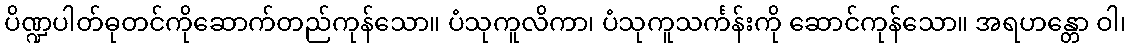
ပိဏ္ဍပါတ်ဓုတင်ကိုဆောက်တည်ကုန်သော။ ပံသုကူလိကာ၊ ပံသုကူသင်္ကန်းကို ဆောင်ကုန်သော။ အရဟန္တော ဝါ၊